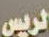
الرئيس